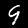
Digit: 9